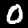
Digit: 0